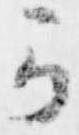
可